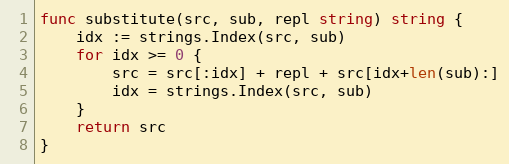
Language: Go
func substitute(src, sub, repl string) string {
	idx := strings.Index(src, sub)
	for idx >= 0 {
		src = src[:idx] + repl + src[idx+len(sub):]
		idx = strings.Index(src, sub)
	}
	return src
}